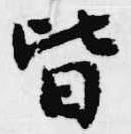
皆